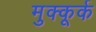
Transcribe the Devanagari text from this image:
मुक्कूर्क